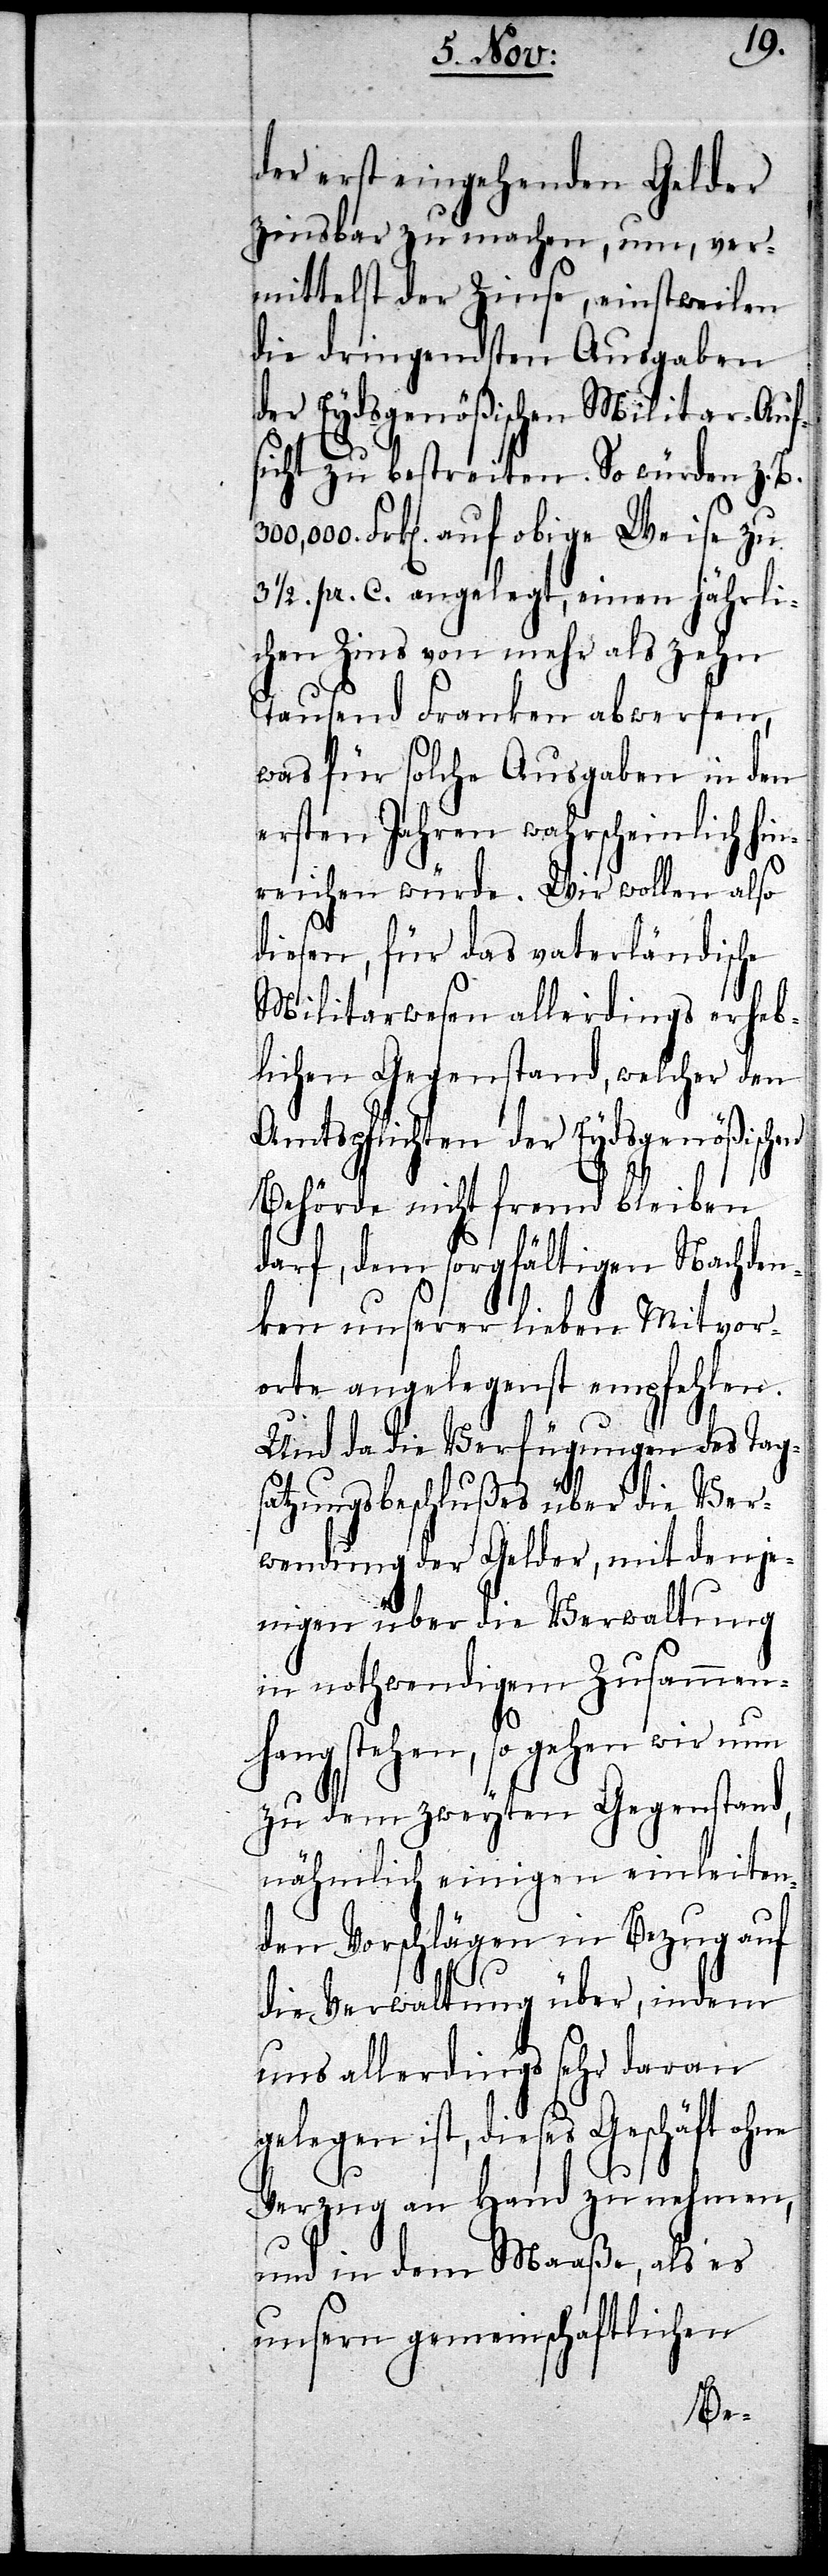
der erst eingehenden Gelder
zinsbar zu machen, um, ver¬
mittelst der Zinse, einstweilen
die dringendsten Ausgaben
der Eydsgenößischen Militar-Auf¬
sicht zu bestreiten. So würden z.B.
Frk[en]. auf obige Weise zu
1/2. pr. C. angelegt, einen jährli¬
chen Zins von mehr als zehn
Tausend Franken abwerfen,
was für solche Ausgaben in den
ersten Jahren wahrscheinlich hi¬
nreichen würde. Wir wollen also
diesen, für das vaterländische
Militarwesen allerdings erheb¬
lichen Gegenstand, welcher den
Amtspflichten der Eydsgenößisch¬
Behörde nicht fremd bleiben
darf, dem sorgfältigen Nachden¬
ken unserer lieben Mitvor¬
orte angelegenst empfehlen.
Und da die Verfügungen des Tag¬
satzungsbeschlußes über die Ver¬
wendung der Gelder, mit denje¬
nigen über die Verwaltung
in nothwendigem Zusammen¬
hang stehen, so gehen wir nun
zu dem zweyten Gegenstand,
nähmlich einigen einleiten¬
den Vorschlägen in Bezug auf
die Verwaltung über, indem
uns allerdings sehr daran
gelegen ist, dieses Geschäft ohne
Verzug an Hand zu nehmen,
und in dem Maaße, als es
unsern gemeinschaftlichen
en